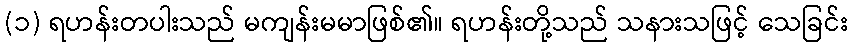
(၁) ရဟန်းတပါးသည် မကျန်းမမာဖြစ်၏။ ရဟန်းတို့သည် သနားသဖြင့် သေခြင်း